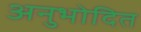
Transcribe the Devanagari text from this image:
अनुभोदित